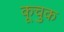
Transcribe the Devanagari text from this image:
कूचुक